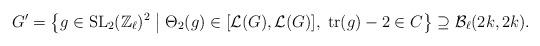
LaTeX: \begin{align*}G' = \left\{ g \in \operatorname{SL}_2(\mathbb{Z}_\ell)^2 \bigm\vert \Theta_2(g) \in [\mathcal{L}(G),\mathcal{L}(G)], \; \operatorname{tr}(g) - 2 \in C \right\} \supseteq \mathcal{B}_\ell(2k,2k).\end{align*}